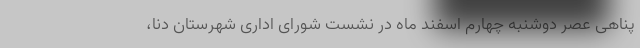
پناهی عصر دوشنبه چهارم اسفند ماه در نشست شورای اداری شهرستان دنا،